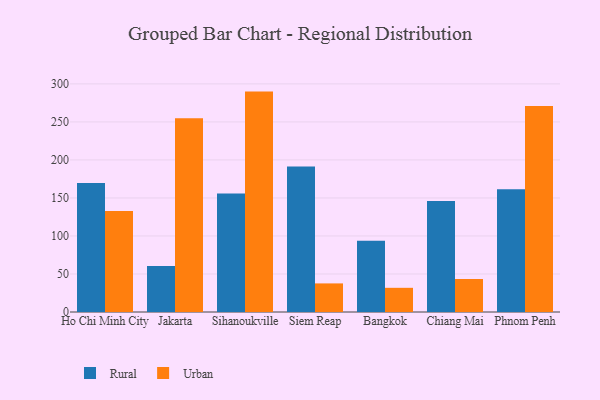
{"axis": {"x": "City", "y": "Demand Index"}, "legend": ["Rural", "Urban"], "data": [{"x": "Ho Chi Minh City", "y": 169.8, "type": "Rural"}, {"x": "Ho Chi Minh City", "y": 132.8, "type": "Urban"}, {"x": "Jakarta", "y": 60.4, "type": "Rural"}, {"x": "Jakarta", "y": 254.8, "type": "Urban"}, {"x": "Sihanoukville", "y": 155.9, "type": "Rural"}, {"x": "Sihanoukville", "y": 289.9, "type": "Urban"}, {"x": "Siem Reap", "y": 191.5, "type": "Rural"}, {"x": "Siem Reap", "y": 37.6, "type": "Urban"}, {"x": "Bangkok", "y": 93.6, "type": "Rural"}, {"x": "Bangkok", "y": 31.8, "type": "Urban"}, {"x": "Chiang Mai", "y": 146.0, "type": "Rural"}, {"x": "Chiang Mai", "y": 43.4, "type": "Urban"}, {"x": "Phnom Penh", "y": 161.3, "type": "Rural"}, {"x": "Phnom Penh", "y": 271.1, "type": "Urban"}]}